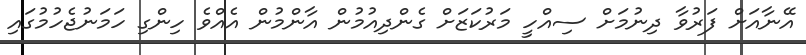
އޭނާއަށް ފަރުވާ ދިނުމަށް ސިއްހީ މަރުކަޒަށް ގެންދިއުމުން އާންމުން އެއްވެ ހިންގި ހަމަނުޖެހުމުގައި